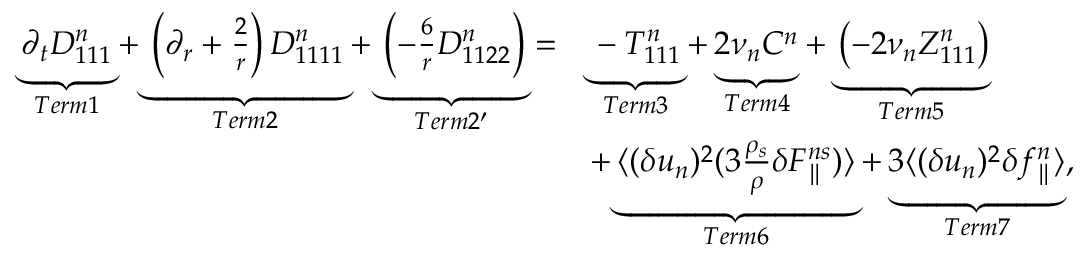
\begin{array} { r l } { \underbrace { \partial _ { t } D _ { 1 1 1 } ^ { n } } _ { T e r m 1 } + \underbrace { \left( \partial _ { r } + \frac { 2 } { r } \right) D _ { 1 1 1 1 } ^ { n } } _ { T e r m 2 } + \underbrace { \left( - \frac { 6 } { r } D _ { 1 1 2 2 } ^ { n } \right) } _ { T e r m 2 ^ { \prime } } = } & { \underbrace { - T _ { 1 1 1 } ^ { n } } _ { T e r m 3 } + \underbrace { 2 \nu _ { n } C ^ { n } } _ { T e r m 4 } + \underbrace { \left( - 2 \nu _ { n } Z _ { 1 1 1 } ^ { n } \right) } _ { T e r m 5 } } \\ & { + \underbrace { \langle { ( \delta u _ { n } ) ^ { 2 } ( 3 \frac { \rho _ { s } } { \rho } \delta F _ { \parallel } ^ { n s } ) } \rangle } _ { T e r m 6 } + \underbrace { 3 \langle { ( \delta u _ { n } ) ^ { 2 } \delta f _ { \parallel } ^ { n } } \rangle } _ { T e r m 7 } , } \end{array}